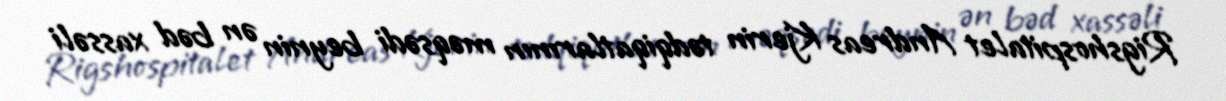
Rigshospitalet Andreas Kjerin tədqiqatlarının məqsədi beynin ən bəd xassəli